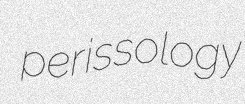
perissology